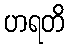
ဟရတိ